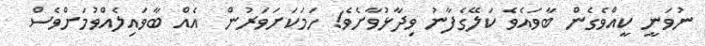
ނުވަނީ ކީއްވެގެން ބާވައެވެ ކަލޭގެފާނު ވިދާޅުވާށެވެ! ހަމަކަށަވަރުން  އެއް ބާވައިލެއްވުމަށްވެސް